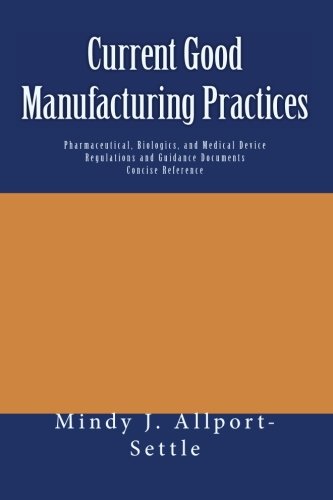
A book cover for Current Good Manufacturing Practices: Pharmaceutical, Biologics, and Medical Device Regulations and Guidance Documents Concise Reference; Mindy J. Allport-Settle; Reference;